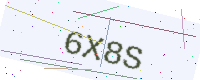
Text: 6X8S